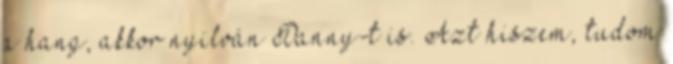
a hang, akkor nyilván Danny-t is. Azt hiszem, tudom